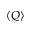
\langle { Q } \rangle